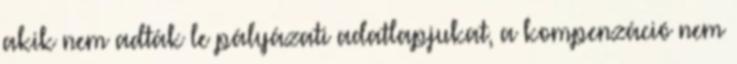
akik nem adták le pályázati adatlapjukat, a kompenzáció nem